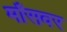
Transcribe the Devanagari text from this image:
माँसवर